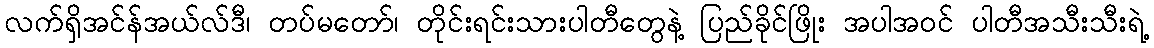
လက်ရှိအင်န်အယ်လ်ဒီ၊ တပ်မတော်၊ တိုင်းရင်းသားပါတီတွေနဲ့ ပြည်ခိုင်ဖြိုး အပါအဝင် ပါတီအသီးသီးရဲ့